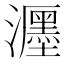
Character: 𤄊